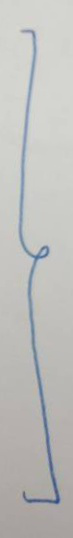
}